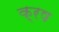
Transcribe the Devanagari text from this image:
क्रष